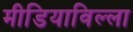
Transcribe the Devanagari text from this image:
मीडियाविल्ला